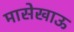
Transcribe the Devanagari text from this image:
मासेखाऊ